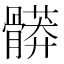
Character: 𩪎